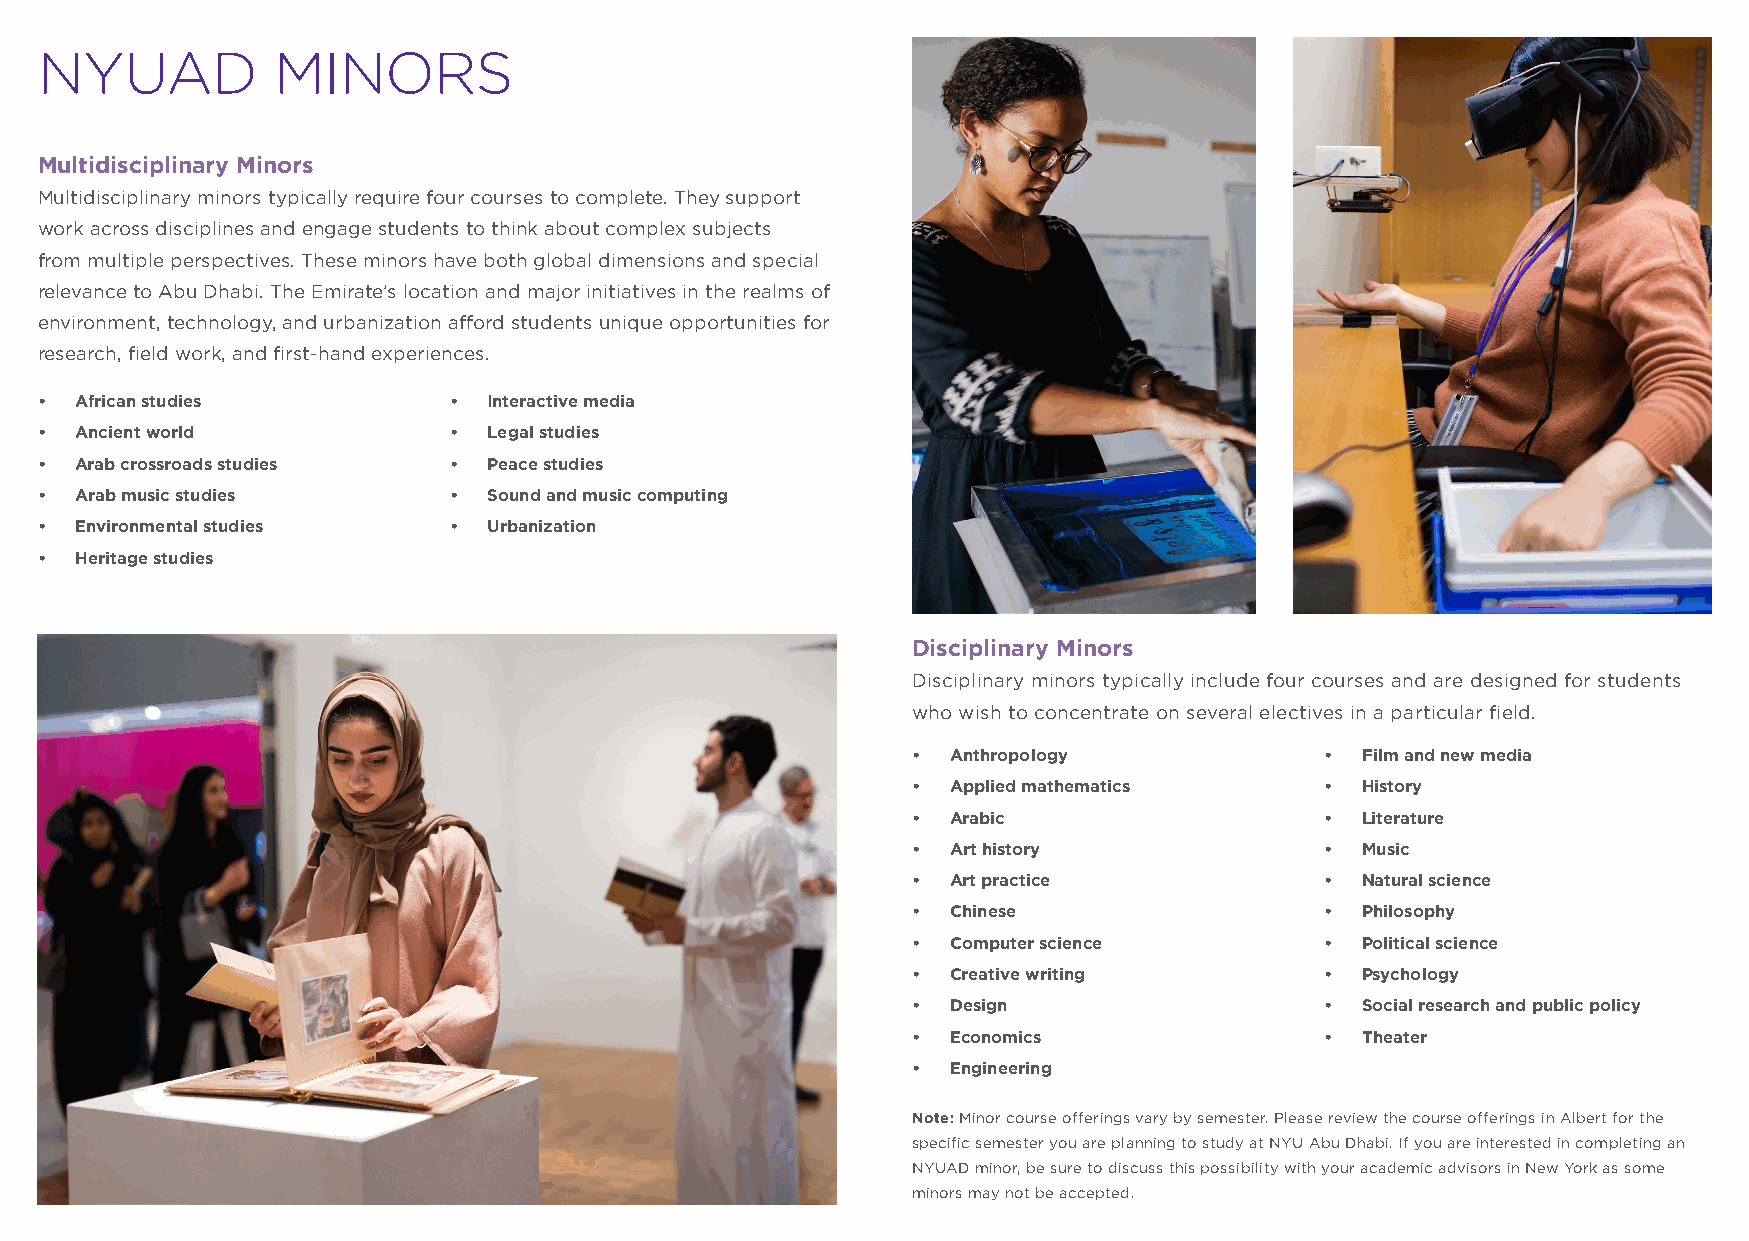
NYUAD           MINORS
 Multidisciplinary Minors
 Multidisciplinary minors typically require four courses to complete. They support
 work across disciplines and engage students to think about complex subjects
 from multiple perspectives. These minors have both global dimensions and special
 relevance to Abu Dhabi. The Emirate’s location and major initiatives in the realms of
 environment, technology, and urbanization afford students unique opportunities for
 research, field work, and first-hand experiences.
 •  African studies          • Interactive media
 •  Ancient world            • Legal studies
 •  Arab crossroads studies  • Peace studies
 •  Arab music studies       • Sound and music computing
 •  Environmental studies    • Urbanization
 •  Heritage studies
 Disciplinary Minors
 Disciplinary minors typically include four courses and are designed for students
 who wish to concentrate on several electives in a particular field.
 •  Anthropology             • Film and new media
 •  Applied mathematics      • History
 •  Arabic                   • Literature
 •  Art history              • Music
 •  Art practice             • Natural science
 •  Chinese                  • Philosophy
 •  Computer science         • Political science
 •  Creative writing         • Psychology
 •  Design                   • Social research and public policy
 •  Economics                • Theater
 •  Engineering
 Note: Minor course offerings vary by semester. Please review the course offerings in Albert for the
 specific semester you are planning to study at NYU Abu Dhabi. If you are interested in completing an
 NYUAD minor, be sure to discuss this possibility with your academic advisors in New York as some
 minors may not be accepted.